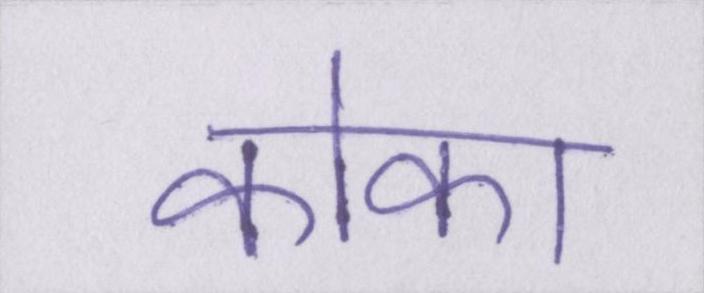
कोका